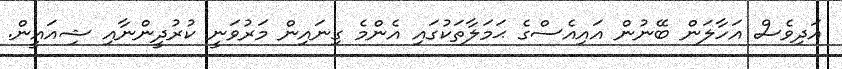
އަދިވެސް އަހާލަން ބޭނުން އައިއެސްގެ ޙަމަލާތަކުގައި އެންމެ ގިނައިން މަރުވަނީ ކުރުދީންނާއި ޝިއައީން.